Report of the Indian Hemp Drugs Commission, 1894-1895 - Volume VII
Year: 1894
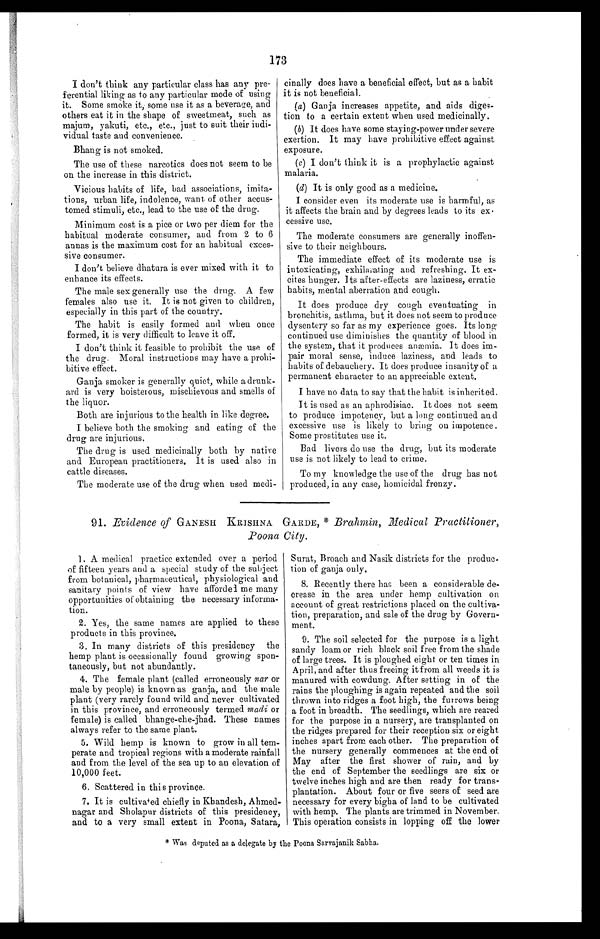
173
I don't think any particular class has any pre-
ferential liking as to any particular mode of using
it. Some smoke some use it as a beverage, and
others eat it in the shape of sweetmeat, such as
majum, yakuti, etc., etc., just to suit their indi-
vidual taste and convenience.
Bhang is not smoked.
The use of these narcotics does not seem to be
on the increase in this district.
Vicious habits of life, bad associations, imita-
tions, urban life, indolence, want of other accus-
tomed stimuli, etc., lead to the use of the drug.
Minimum cost is a pice or two per diem for the
habitual moderate consumer, and from 2 to 6
annas is the maximum cost for an habitual exces-
sive consumer.
I don't believe dhatura is ever mixed with it to
enhance its effects.
The male sex generally use the drug. A few
females also use it. It is not given to children,
especially in this part of the country.
The habit is easily formed and when once
formed, it is very difficult to leave it off.
I don't think it feasible to prohibit the use of
the drug. Moral instructions may have a prohi-
bitive effect.
Ganja smoker is generally quiet, while a drunk-
ard is very boisterous, mischievous and smells of
the liquor.
Both are injurious to the health in like degree.
I believe both the smoking and eating of the
drug are injurious.
The drug is used medicinally both by native
and European practitioners. It is used also in
cattle diseases.
The moderate use of the drug when used medi-
cinally does have a beneficial effect, but as a habit
it is not beneficial.
(a) Ganja increases appetite, and aids diges-
tion to a certain extent when used medicinally.
(b) It does have some staying-power under severe
exertion. It may have prohibitive effect against
exposure.
(c) I don't think it is a prophylactic against
malaria.
(d) It is only good as a medicine.
I consider even its moderate use is harmful, as
it affects the brain and by degrees leads to its ex
-
cessive use.
The moderate consumers are generally inoffen-
sive to their neighbours.
The immediate effect of its moderate use is
intoxicating, exhilarating and refreshing. It ex-
cites hunger. Its after-effects are laziness, erratic
habits, mental aberration and cough.
It does produce dry cough eventuating in
bronchitis, asthma, but it does not seem to produce
dysentery so far as my experience goes. Its long
continued use diminishes the quantity of blood in
the system, that it produces anæmia. It does im-
pair moral sense, induce laziness, and leads to
habits of debauchery. It does produce insanity of a
permanent character to an appreciable extent.
I have no data to say that the habit is inherited.
It is used as an aphrodisiac. It does not seem
to produce impotency, but a long continued and
excessive use is likely to bring on impotence.
Some prostitutes use it.
Bad livers do use the drug, but its moderate
use is not likely to lead to crime.
To my knowledge the use of the drug has not
produced, in any case, homicidal frenzy.
91. Evidence of GANESH KRISHNA GARDE, * Brahmin, Medical Practitioner,
Poona City.
1. A medical practice extended over a period
of fifteen years and a special study of the subject
from botanical, pharmaceutical, physiological and
sanitary points of view have afforded me many
opportunities of obtaining the necessary informa-
tion.
2. Yes, the same names are applied to these
products in this province.
3. In many districts of this presidency the
hemp plant is occasionally found growing spon-
taneously, but not abundantly.
4. The female plant (called erroneously nar or
male by people) is known as ganja, and the male
plant (very rarely found wild and never cultivated
in this province, and erroneously termed madi or
female) is called bhange-che-jhad. These names
always refer to the same plant.
5. Wild hemp is known to grow in all tem-
perate and tropical regions with a moderate rainfall
and from the level of the sea up to an elevation of
10,000 feet.
6. Scattered in this province.
7. It is cultivated chiefly in Khandesh, Ahmed-
nagar and Sholapur districts of this presidency,
and to a very small extent in Poona, Satara,
Surat, Broach and Nasik districts for the produc-
tion of ganja only.
8. Recently there has, been a considerable de-
crease in the area under hemp cultivation on
account of great restrictions placed on the cultiva-
tion, preparation, and sale of the drug by Govern-
ment.
9. The soil selected for the purpose is a light
sandy loam or rich black soil free from the shade
of large trees. It is ploughed eight or ten times in
April, and after thus freeing it from all weeds it is
manured with cowdung. After setting in of the
rains the ploughing is again repeated and the soil
thrown into ridges a foot high, the furrows being
a foot in breadth. The seedlings, which are reared
for the purpose in a nursery, are transplanted on
the ridges prepared for their reception six or eight
inches apart from each other. The preparation of
the nursery generally commences at the end of
May after the first shower of rain, and by
the end of September the seedlings are six or
twelve inches high and are then ready for trans-
plantation. About four or five seers of seed are
necessary for every bigha of land to be cultivated
with hemp. The plants are trimmed in November.
This operation consists in lopping off the lower
* Was deputed as a delegate by the Poona Sarvajanik Sabha.